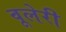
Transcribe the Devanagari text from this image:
वूलेरी